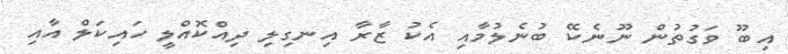
އިބޫ ވަގުތުން ނޫނެކޭ ބުނެލުމާއި އެކު ޒާރާ އިނގިލި ދިއްކޮއްލީ ހައިކަލް އާއި